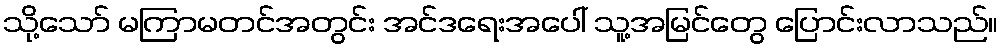
သို့သော် မကြာမတင်အတွင်း အင်ဒရေးအပေါ် သူ့အမြင်တွေ ပြောင်းလာသည်။